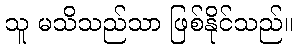
သူ မသိသည်သာ ဖြစ်နိုင်သည်။